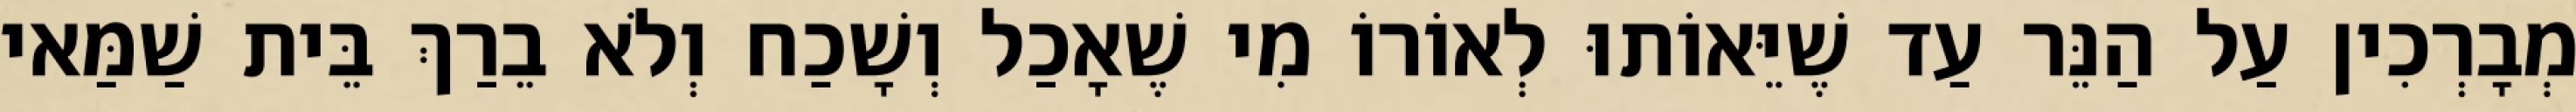
מְבָרְכִין עַל הַנֵּר עַד שֶׁיֵּאוֹתוּ לְאוֹרוֹ מִי שֶׁאָכַל וְשָׁכַח וְלֹא בֵרַךְ בֵּית שַׁמַּאי